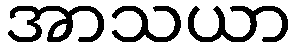
အာသယာ